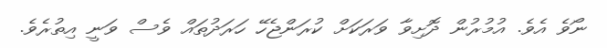
ނޯވެ އެވެ. އުމުރުން ދޮށިވާ ވަރަކަށް ކުރަަންޖެހޭ ހަރަދުތައް ވެސް ވަނީ އިތުރެވެ.